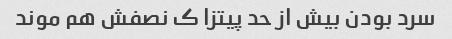
سرد بودن بیش از حد پیتزا ک نصفش هم موند